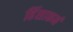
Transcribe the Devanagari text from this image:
हिंसाकर्म